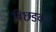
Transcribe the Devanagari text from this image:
बिछडकर